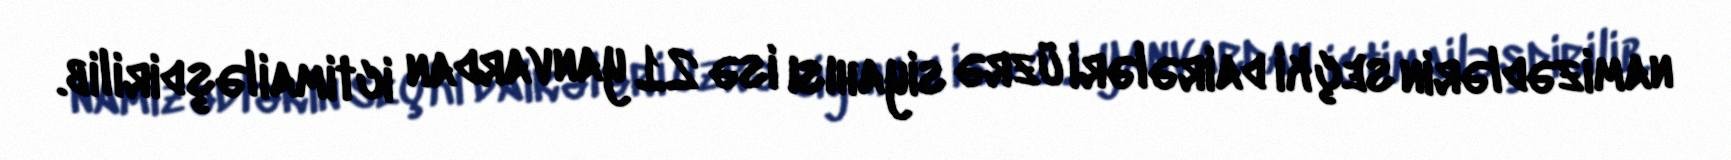
namizədlərin seçki dairələri üzrə siyahısı isə 21 yanvardan ictimailəşdirilib.